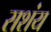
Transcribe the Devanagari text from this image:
सशंय